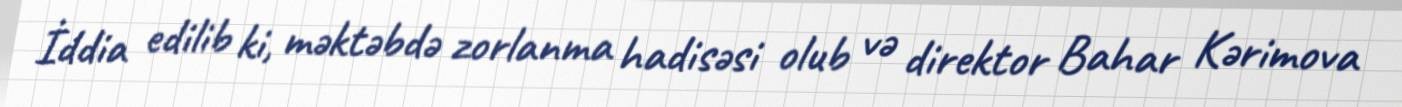
İddia edilib ki, məktəbdə zorlanma hadisəsi olub və direktor Bahar Kərimova